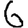
Digit: 6